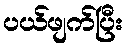
ပယ်ဖျက်ပြီး